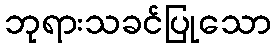
ဘုရားသခင်ပြုသော